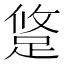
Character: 跾